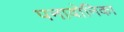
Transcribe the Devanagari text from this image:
पनावोनिका